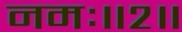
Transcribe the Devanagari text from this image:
नमः॥२॥